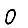
Digit: 0